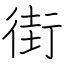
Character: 街